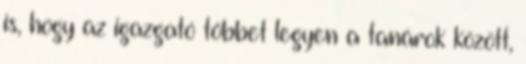
is, hogy az igazgató többet legyen a tanárok között,